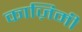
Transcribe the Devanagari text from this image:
काज़िमी